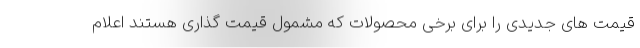
قیمت های جدیدی را برای برخی محصولات که مشمول قیمت گذاری هستند اعلام